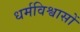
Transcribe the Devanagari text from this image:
धर्मविश्वासों